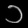
Digit: ၁